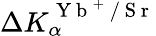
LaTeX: \Delta K_{\alpha}^{\mathrm{~Y~b~}^{+}\mathrm{~/~S~r~}}